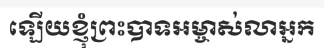
ឡើយខ្ញុំព្រះបាទអម្ចាស់លាអ្នក